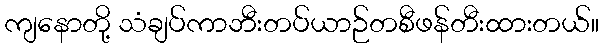
ကျနောတို့ သံချပ်ကာဘီးတပ်ယာဉ်တစီဖန်တီးထားတယ်။